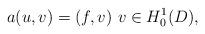
LaTeX: \begin{align*}a(u,v)=(f,v)~v\in H^1_0(D),\end{align*}